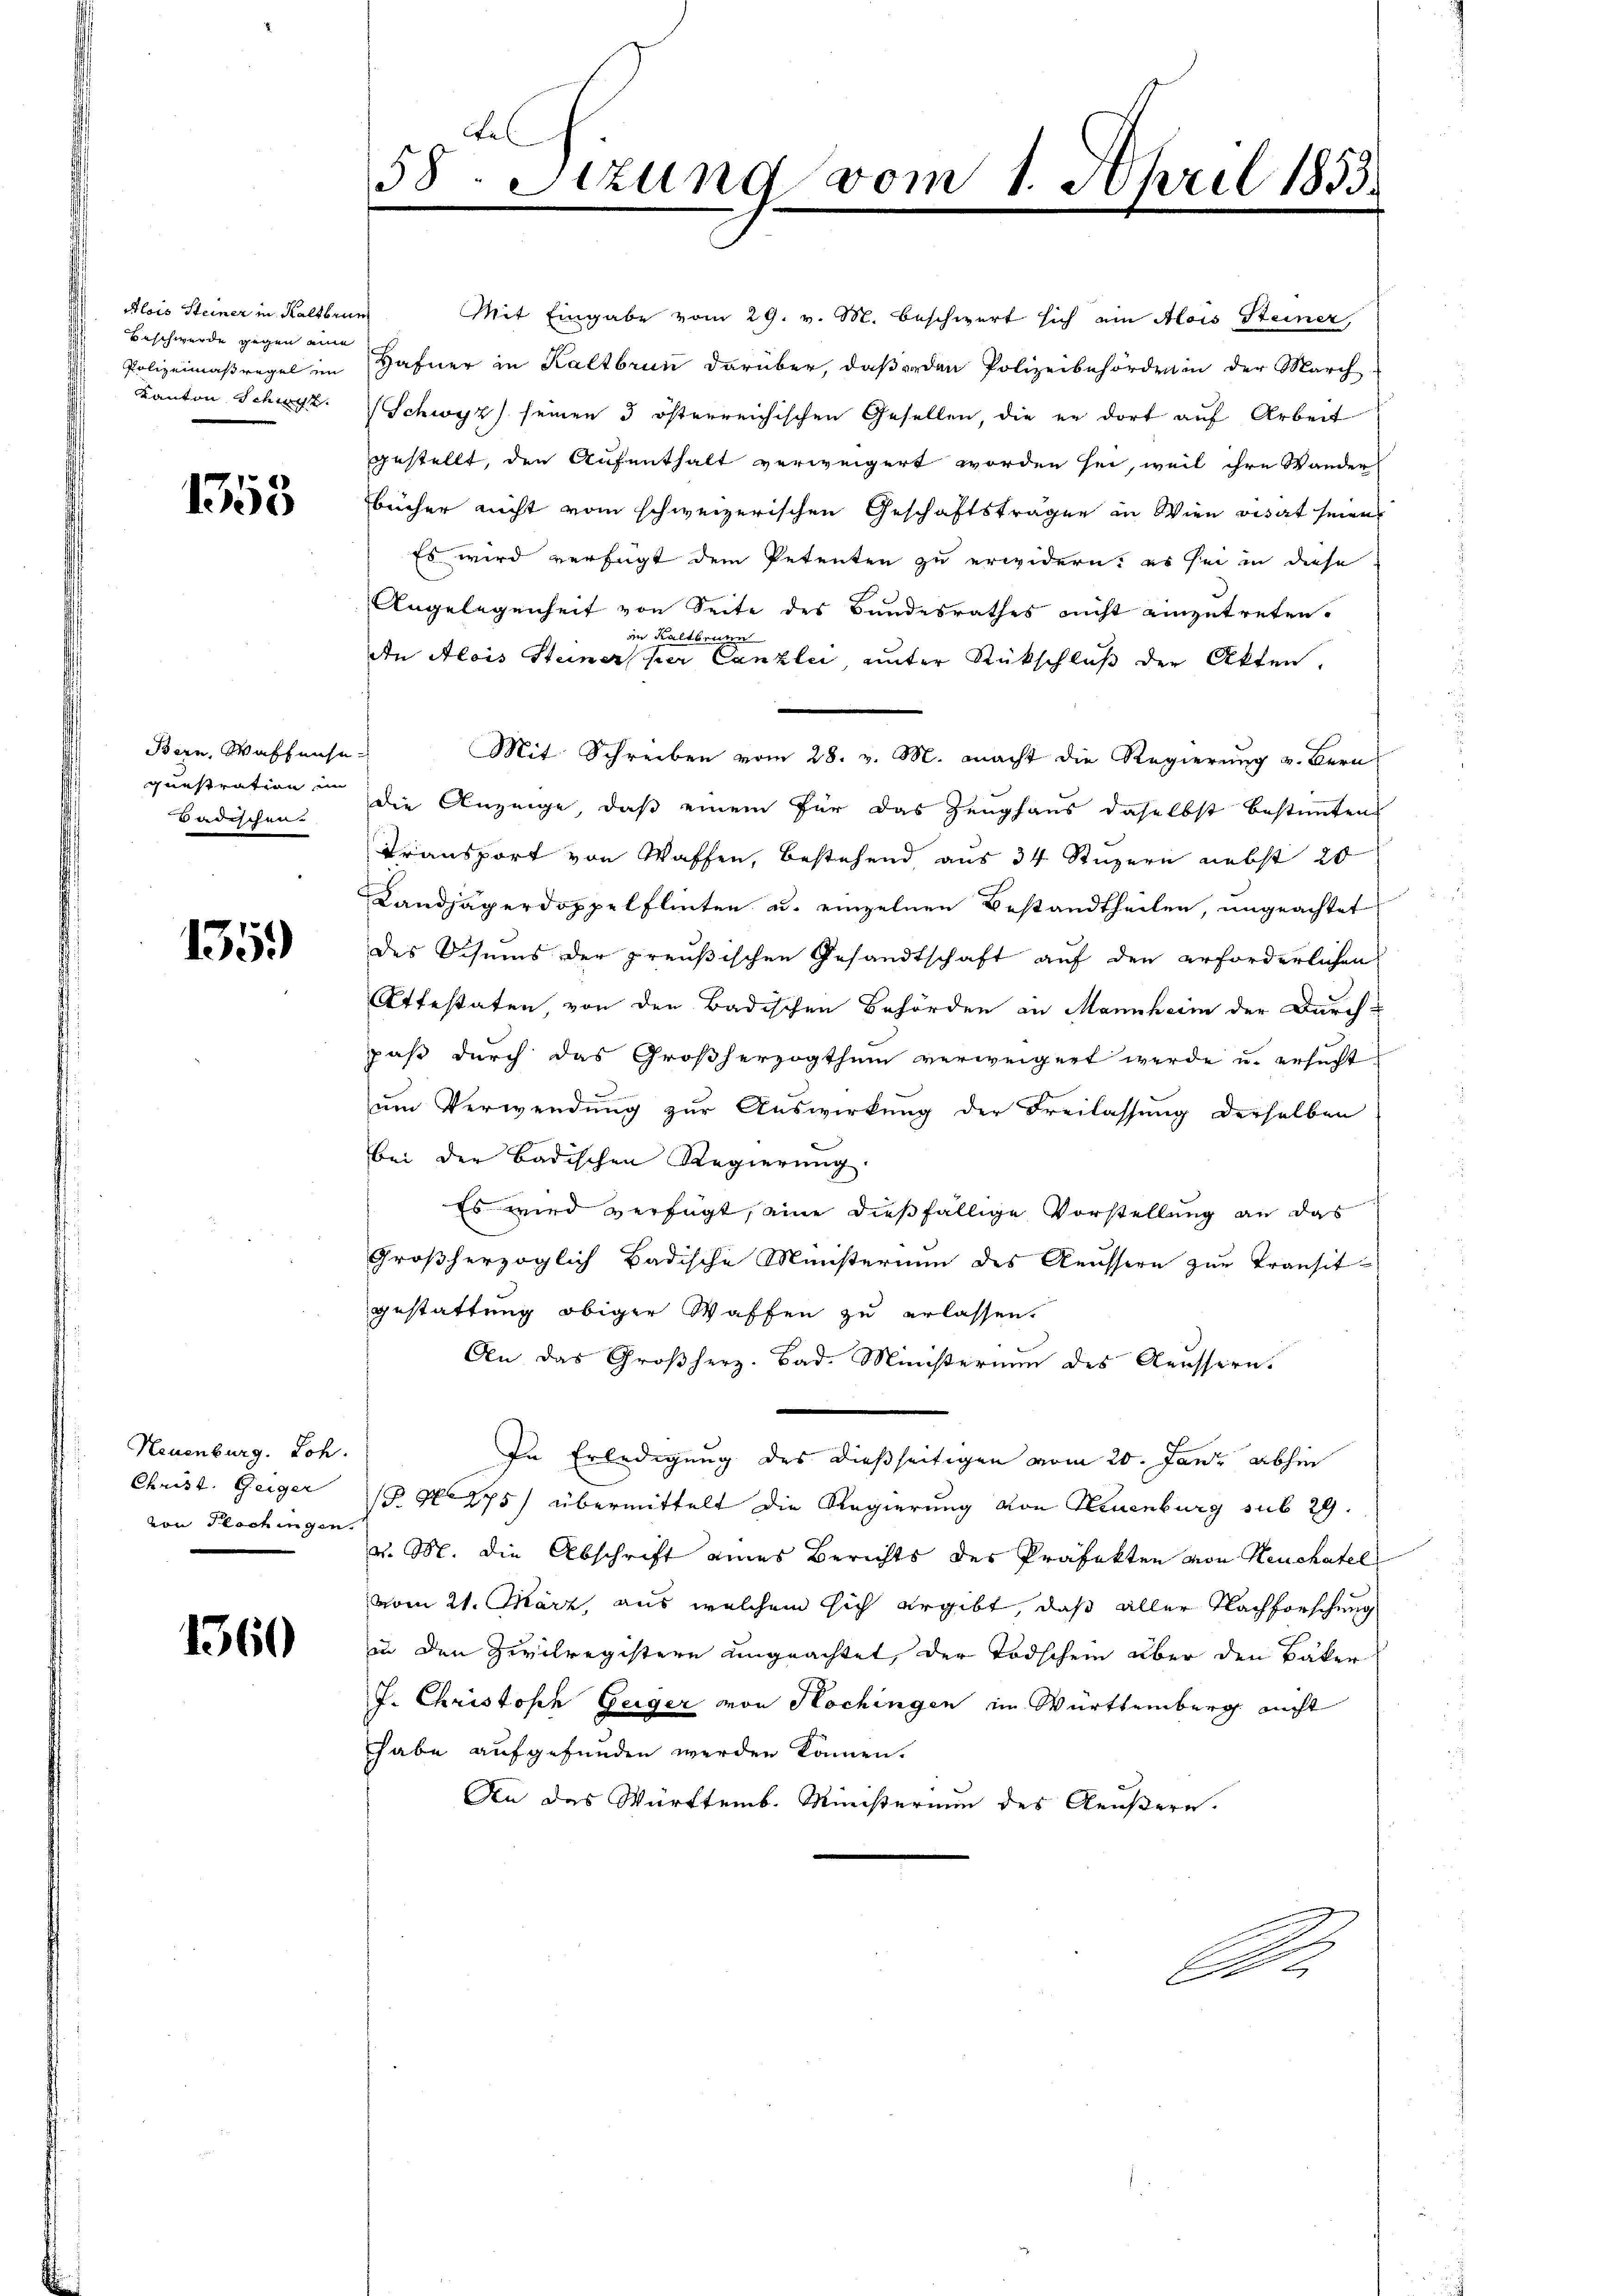
Alois Steiner in Kaltbrun
Beschwerde gegen eine

1353

Bern, Waffensegunstration im
Badischen.

135.)

Neuenburg. Loh
Christ. Geiger
von Plochingen.

1360

tes
58. Sitzung vom 1. April 1853.

Mit Eingabe vom 29. v. M. beschwert sich ein Alois Steiner,
Polizeimaßregel im Hafner in Kaltbrun darüber, daß er den Polizeibehörderin der March-
Kanton Schwyz. Schwyz seinen 3 österreichischen Gesellen, die er dort auf Arbeit
gestellt, den Aufenthalt verweigert worden sei, weil ihre Wander
bücher nicht vom schweizerischen Geschäftsträgen in Wien visart seien
Es wird verfügt dem Petenten zu erwidern: es sei in diese
Angelegenheit von Seite des Bundesrathes nicht einzutreten.
an Kaltbrunn
An Alois Steiner per Canzlei, unter Rückschluß der Akten.
Mit Schreiben vom 28. v. M. macht die Regierung v. Bern
die Anzeige, daß einem für das Zeughaus daselbst bestimmten
Transport von Waffen, bestehend aus 34 Stuzern nebst 20
Landjägerdoppelflinten u. einzelnen Bestandtheilen, ungeachtet
des Visums der preußischen Gesandtschaft auf den erforderlichen
Attestaten, von den Badischen Behörden in Mannheim der Durch-
paβ dŭrch das Großherzogthum verweigert werde u. ersŭcht
um Verwendung zur Auswirkung der Freilassung derselben
bei der Badischen Regierŭng.
Es wird verfügt, eine dießfällige Vorstellung an das
Großherzoglich Badische Ministerium des Aeussern zŭr Transitgestattung obiger Waffen zu erlassen.
An das Großherz. Bad. Ministerium des Aeussern.
In Erledigung des dießseitigen vom 20. Jan. abhin
1 No 475) übermittelt die Regierung von Neuenburg sub 29.
v. M. die Abschrift eines Berichts der Präfekten von Neuchâtel
vom 21. März, aus welchem sich ergibt, daß aller Nachforschung
in den Zivilregistern ungeachtet, der Todschein über den Bäker
J. Christoph Geiger von Hochingen im Württemberg nicht
habe aufgefunden werden können.
An das Württemb. Ministerium des Aeußern.
A